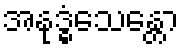
အနုဒ္ဓံသေန္တော